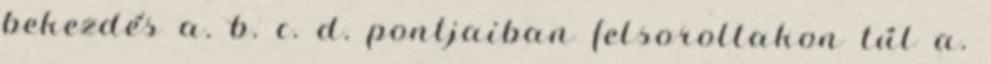
bekezdés a. b. c. d. pontjaiban felsoroltakon túl a.